Annual report on the health of the army in India
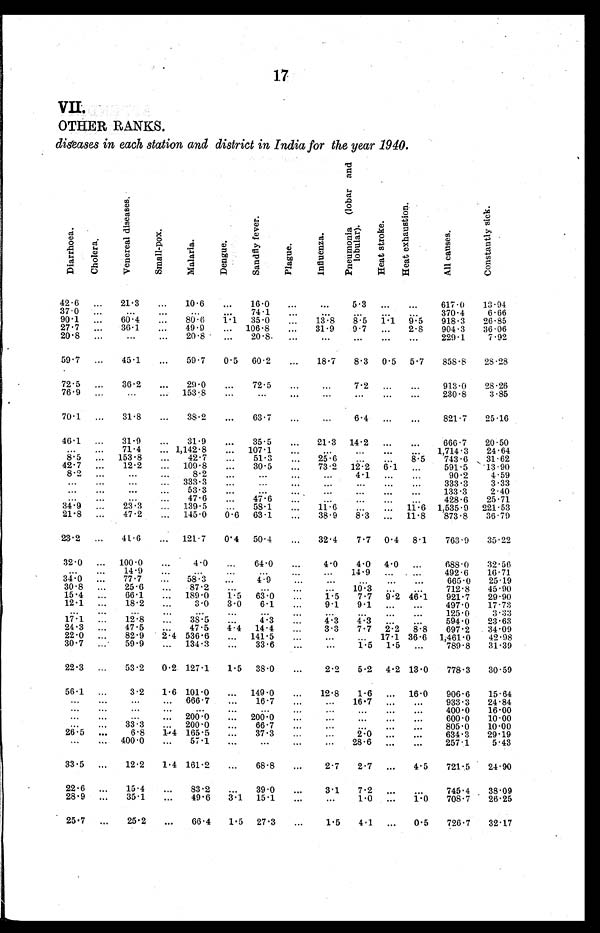
17
V I I .
OTHER RANKS.
diseases in each station and district in India for the year 1940.
D i a r r h o e a .
C h o l e r a .
V e n e r e a l d i s e a s e s .
S m a l l - p o x .
M a l a r i a .
D e n g u e .
S a n d f l y f e v e r .
P l a g u e .
I n f l u e n z a .
P n e u m o n i a ( l o b a r a n d l o b u l a r ) .
H e a t S t r o k e .
H e a t e x h a u s t i o n .
A l l c a u s e s .
C o n s t a n t l y s i c k .
42.6
21.3
10.6
16.0
5 . 3
617.0 13.94
37.0
74.1
370.4
6.66
90.1
60.4
80.6 1.1 35.0
13.8 8.5 1.1 9.5 918.3 26.85
27.7
36.1
49.9
106.8
31.9 9.7
2.8 904.3 36.06
20.8
20.8
20.8
229.1
7.92
59.7
45.1
59.7 0.5 60.2
18.7 8.3 0.5 5.7 858.8 28.28
72.5
36.2
29.0
72.5
7.2
913.0 28.26
76.9
153.8
230.8
3.85
70.1
31.8
38.2
63.7
6 4
821.7 25.16
46.1
31.9
31.9
35.5
21.3 14.2
666.7 20.50
71.4
1,142.8
107.1
1,714.3 24. 64
8.5
153.8
42.7
51.3
25.6
8.5 743.6 31.62
42.7
12.2
109.8
30.5
73.2 12.2 6.1
591.5 13.90
8.2
8 2
4.1
90.2
4.59
333.3
333.3
3.33
53.3
133.3
2.40
47.6
47.6
428.6 25.71
34.9
23.3
139.5
58.1
11.6
11.6 1,535.9 221.53
21.8
47.2
145.0 0.6 63.1
38.9 8.3
11.8 873.8 36.79
23.2
41.6
121.7 0.4 50.4
32.4
7.7 0.4 8.1 763.9 35.22
32.0
100.0
4.0
64.0
4.0 4.0 4.0
688.0 32.56
14.9
14.9
492.6 16.71
3 4 . 0
77.7
58.3
4.9
665.0 25.19
30.8
2 5 . 6
87.2
10.3
712.8 45.90
15.4
6 6 . 1
189.0 1.5 63.0
1.5 7.7 9.2 46.1 921.7 29.90
12.1 18.2
3.0 3.0 6.1
9.1 9.1
497.0 17.73
125.0
3.33
17.1
1 2 . 8
38.5
4.3
4.3 4.3
5 9 4 . 0 23.63
24.3
47.5
47.5 4.4 14.4
3.3 7.7 2.2
8 . 8 697.2 34.09
22.0
82.9 2.4 536.6
141.5
17.1 36.6 1,461.0 42.98
30.7
5 9 . 9
134.3
33.6
1.5 1.5
789.8 31.39
22.3
5 3 . 2
0 . 2 127.1 1.5 38.0
2.2 5.2 4.2 13.0 778.3 30.59
56.1
3.2 1.6
1 0 1 . 0 149.0
12.8 1.6
16.0 906.6 15.64
666.7
16.7
16.7
933.3 24.84
400.0 16.00
200.0
200.0
600.0 10.00
33.3
200.0
66.7
805.0 10.00
26.5
6.8
1 . 4
1 6 5 . 5 37.3
2 . 0
634.3 29.19
400.0
57.1
28.6
257.1
5.43
33.5
12.2
1 . 4 161.2
68.8
2.7 2.7
4.5 721.5 24.90
22.6
15.4
83.2
39.0
3.1 7.2
745.4 38.09
28.9
35.1
4 9 . 6
3.1 15.1
1.0
1 . 0
708.7 26.25
25.7
25.2
66.4 1.5 27.3
1.5 4.1
0.5 726.7 32.17